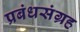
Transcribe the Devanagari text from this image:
प्रबंधसंग्रह